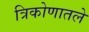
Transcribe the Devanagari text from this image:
त्रिकोणातले